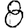
Digit: 8